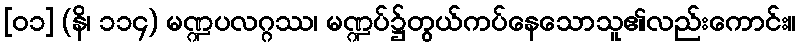
[၀၁] (နိ၊ ၁၁၄) မဏ္ဍပလဂ္ဂဿ၊ မဏ္ဍပ်၌တွယ်ကပ်နေသောသူ၏လည်းကောင်း။